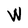
Character: W